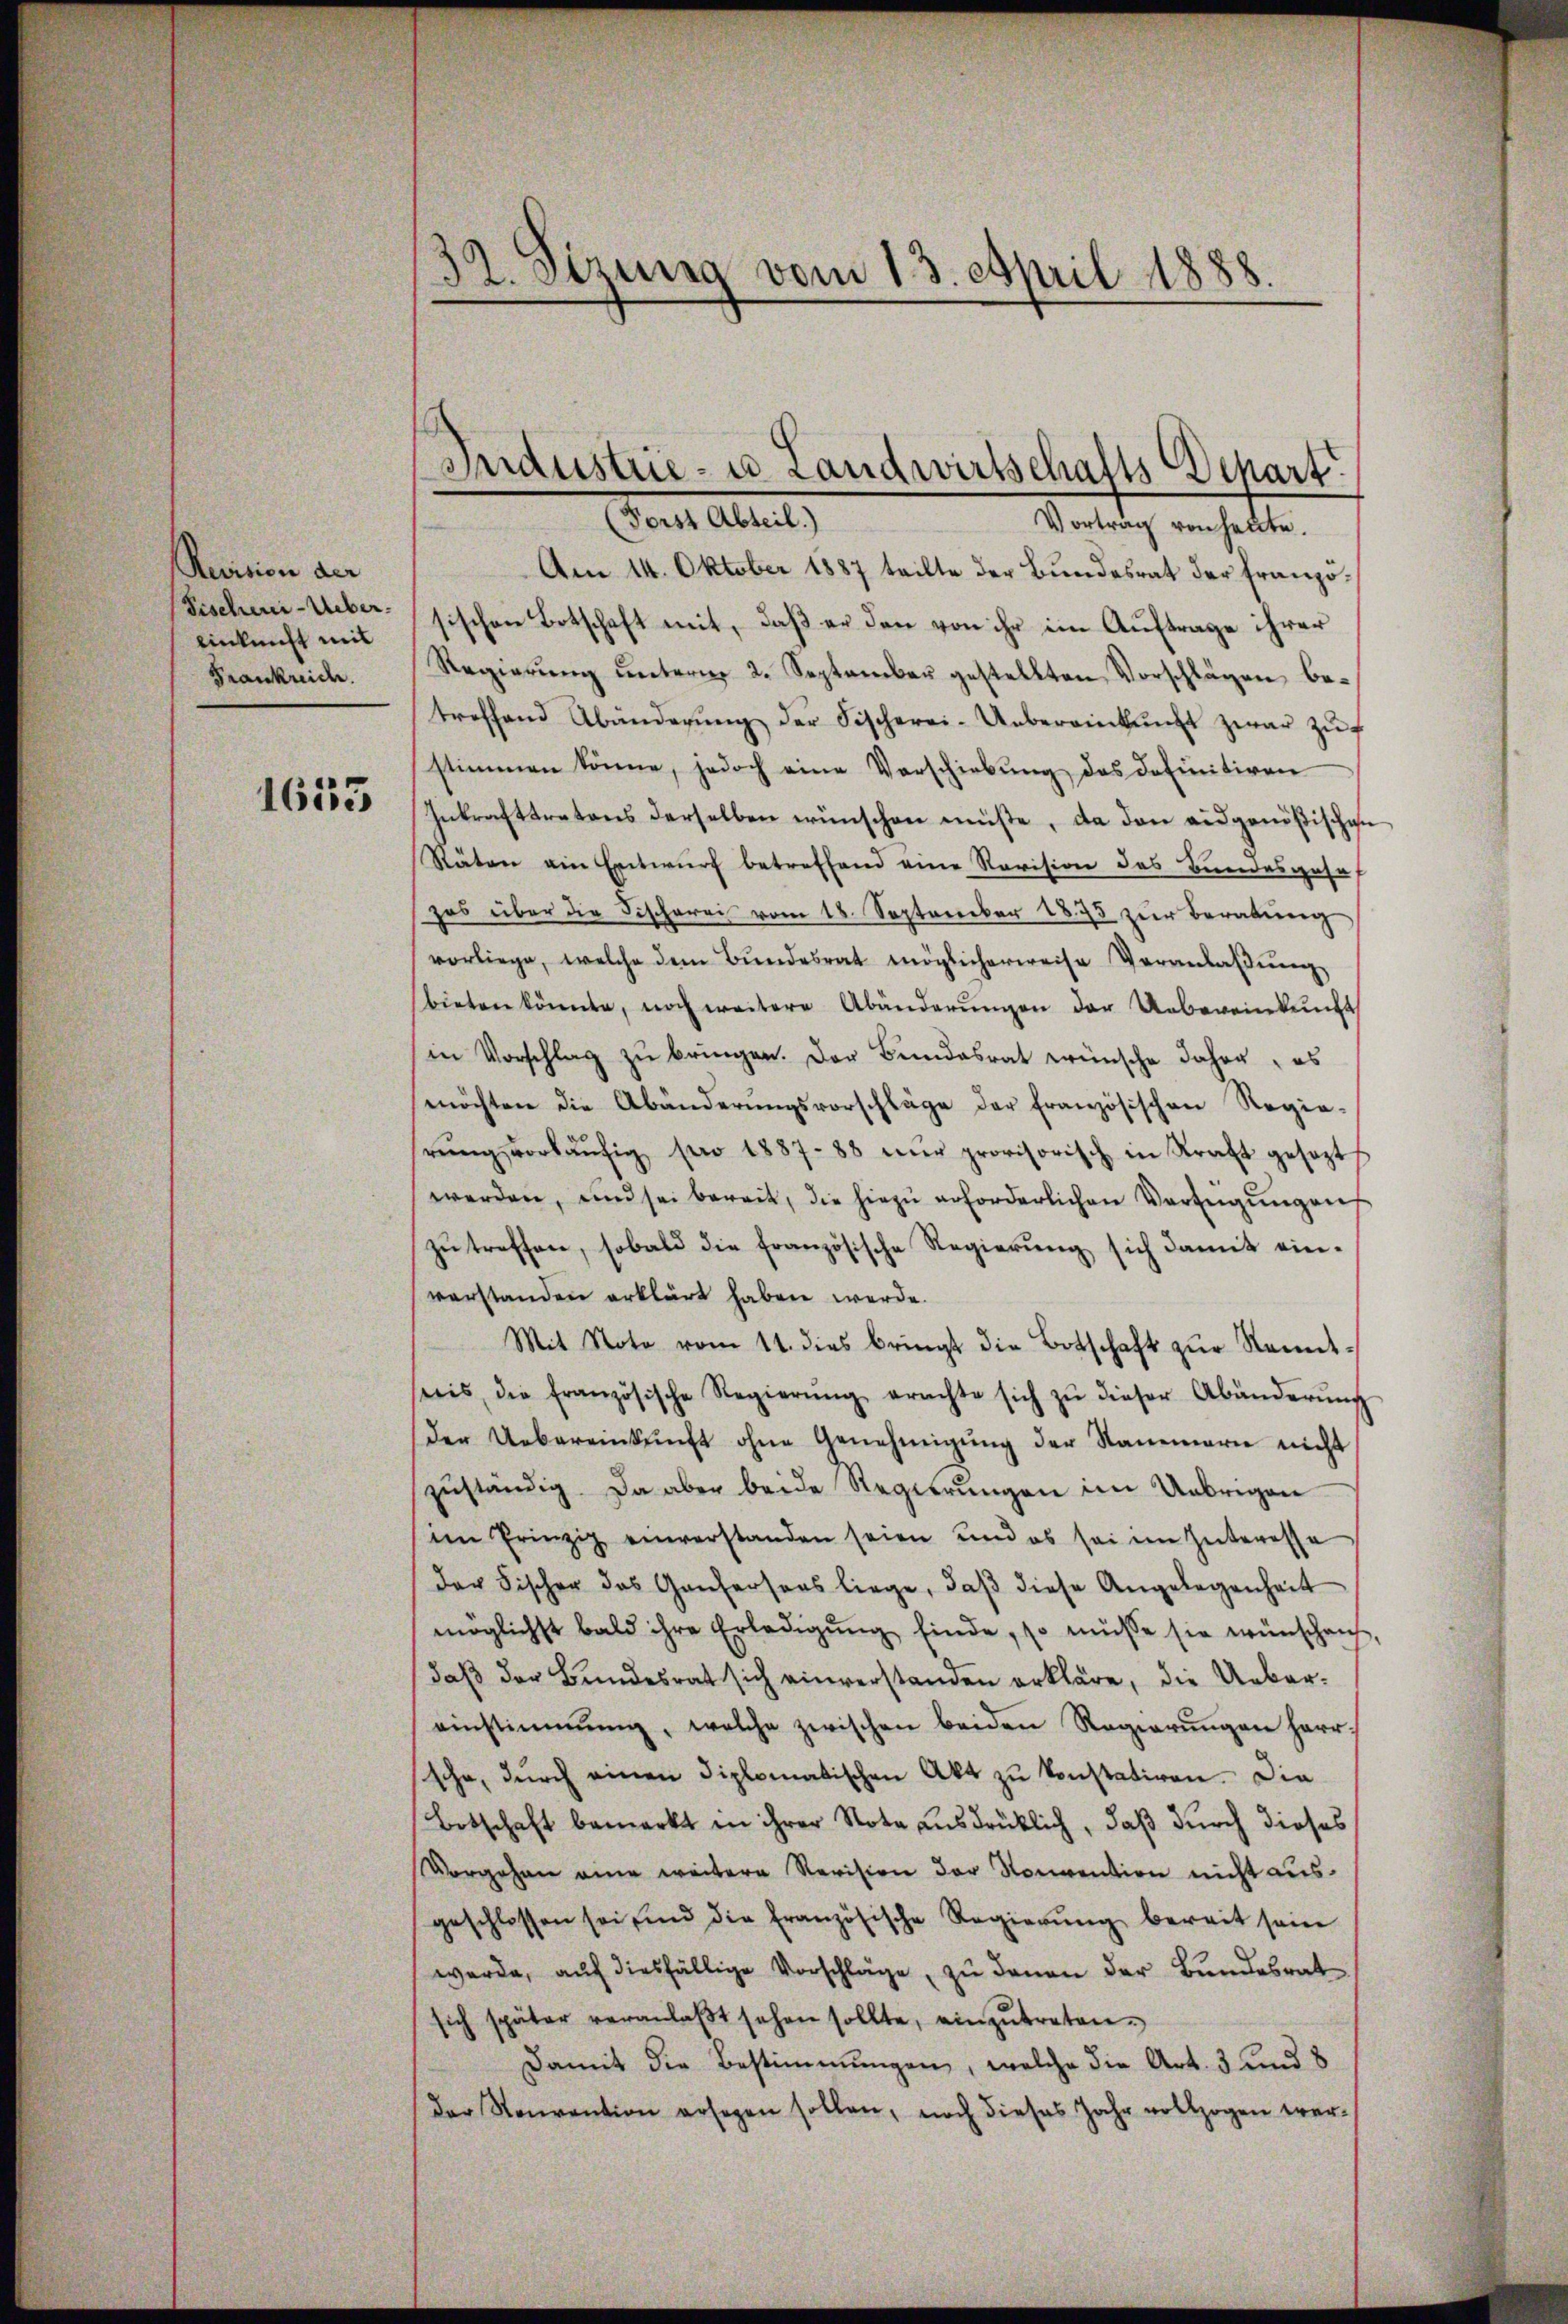
Revision der
einkunft mit
Frankreide.

1635

Am 14. Oktober 1887 teilte der Bundesrat der Franzö¬
Fischen-Uebersischen Botschaft mit, daß er den von ihr im Auftrage ihrer
Regierŭng ŭnterm 2. September gestellten Vorschlägen betreffend Abänderŭng der Fischerei-Uebereinkunft zwar zŭf
stimmen könne, jedoch eine Verschiebŭng des definitiven
Inkrafttretens derselben wünschen müßte, da den eidgenößischen
Räten am Entwurf betreffend eine Revision des Bundesgehaf
zos über die Fischerei vom 18. September 1875 zŭr Beratŭng
vorliege, welche dem Bundesrat möglicherweise Veranlaßung
bieten könnte, noch weitere Abänderŭngen der Uebereinkunft
in Vorschlag zu bringen. Der Bundesrat wünsche daher, es
möchten die Abänderŭngsvorschläge der französischen Regie-
rŭng vorläŭfig pro 1887-83 nŭr provisorisch in Kraft gesezt
werden, und sei bereit, die hiezŭ erforderlichen Verfügŭng auf
zŭ treffen, sobald die französische Regierŭng sich damit ein-
verstanden erklärt haben werde.
Mit Note vom 11. dies bringt die Botschaft zŭr Kenntnis, die französische Regierŭng erachte sich zŭ dieser Abänderŭng
der Uebereinkŭnft ohne Genehmigŭng der Stammarie nicht
zŭständig. Da aber beide Regierungen im Uebrigen
im Prinzip einverstanden seien und es sei im Interessa
der Fischer das Gantersans liege, daβ diese Angelegenheit
möglichst bald ihre Erledigŭng finde, so müsse sie wünschen,
daβ der Bundesrat sich einverstanden erkläre, die Uebereinstimmung, welche zwischen beiden Regierŭngen herr-
sche, durch einen diplomatischen Akt zu konstativen. Die
Botschaft bemerkt in ihrer Nota ausdrücklich, daß durch dieses
Vergehen eine weitere Revision der Konvention nicht ausgeschlossen sei und die französische Regierŭng bereit sein
werde, auf diesfällige Vorschläge, zu denen der Bundesrat
sich später veranlaβt sehen sollte, einzŭtreten.
Damit die Bestimmungen, welche die Art. 3 und 8
der Neuvention ersagen sollen, noch dieses Jahr vollzogen wer¬

32. Sizung vom 13. April 1888.

Industrie- u. Landwirtschafts-Depart.
an Alten
Vortrag von heute.